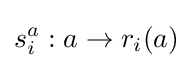
s_{i}^{a}:a\to r_{i}(a)